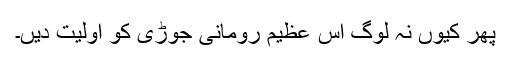
پھر کیوں نہ لوگ اس عظیم رومانی جوڑی کو اولیت دیں۔